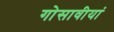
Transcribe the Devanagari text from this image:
गोसावीयां